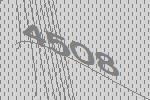
4508